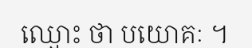
ឈ្មោះ ថា បយោគៈ ។